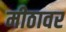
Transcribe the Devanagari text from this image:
मीठावर